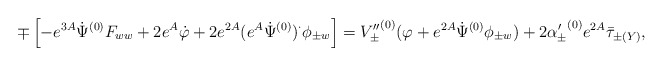
\begin{align*}\mp\left[-e^{3A}\dot{\Psi}^{(0)}F_{ww}+2e^A\dot{\varphi} +2e^{2A}(e^A\dot{\Psi}^{(0)})^{\cdot}\phi_{\pm w}\right] = {V''_{\pm}}^{(0)}(\varphi+e^{2A}\dot{\Psi}^{(0)}\phi_{\pm w}) + 2{\alpha'_{\pm}}^{(0)}e^{2A}\bar{\tau}_{\pm(Y)}, \end{align*}